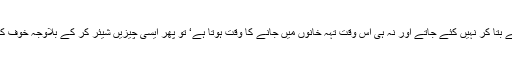
ویسے بھی ایسے حملے بتا کر نہیں کئے جاتے اور نہ ہی اس وقت تہہ خانوں میں جانے کا وقت ہوتا ہے‘ تو پھر ایسی چیزیں شیئر کر کے بلاوجہ خوف کیوں پھیلایا جا رہا ہے۔